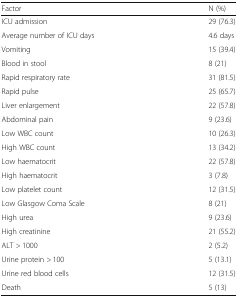
<table><thead><tr><td><b>Factor</b></td><td><b>N (%)</b></td></tr></thead><tbody><tr><td>ICU admission</td><td>29 (76.3)</td></tr><tr><td>Average number of ICU days</td><td>4.6 days</td></tr><tr><td>Vomiting</td><td>15 (39.4)</td></tr><tr><td>Blood in stool</td><td>8 (21)</td></tr><tr><td>Rapid respiratory rate</td><td>31 (81.5)</td></tr><tr><td>Rapid pulse</td><td>25 (65.7)</td></tr><tr><td>Liver enlargement</td><td>22 (57.8)</td></tr><tr><td>Abdominal pain</td><td>9 (23.6)</td></tr><tr><td>Low WBC count</td><td>10 (26.3)</td></tr><tr><td>High WBC count</td><td>13 (34.2)</td></tr><tr><td>Low haematocrit</td><td>22 (57.8)</td></tr><tr><td>High haematocrit</td><td>3 (7.8)</td></tr><tr><td>Low platelet count</td><td>12 (31.5)</td></tr><tr><td>Low Glasgow Coma Scale</td><td>8 (21)</td></tr><tr><td>High urea</td><td>9 (23.6)</td></tr><tr><td>High creatinine</td><td>21 (55.2)</td></tr><tr><td>ALT &gt; 1000</td><td>2 (5.2)</td></tr><tr><td>Urine protein &gt; 100</td><td>5 (13.1)</td></tr><tr><td>Urine red blood cells</td><td>12 (31.5)</td></tr><tr><td>Death</td><td>5 (13)</td></tr></tbody></table>